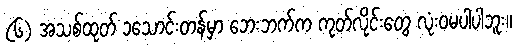
(၆) အသစ်ထုတ် ၁သောင်းတန်မှာ ဘေးဘက်က ကုတ်လိုင်းတွေ လုံးဝမပါပါဘူး။